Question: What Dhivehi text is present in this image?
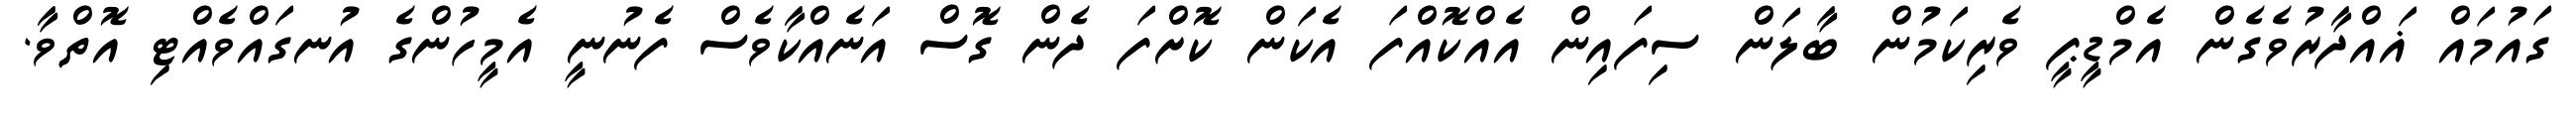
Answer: ގައުމައް ޣައްދާރުވެގެން އެމްޑީޕީ ވެރިކަމުން ބާލަން ސިފައިން އެއްކޮއްފަ އެކަން ކޮށްފަ ދެން ގޮސް އަނެއްކާވެސް ފެނުނީ އެމީހުންގެ އުނގައްވެއްޓި އޮތްވާ.